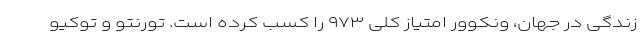
زندگی در جهان، ونکوور امتیاز کلی ۹۷۳ را کسب کرده است. تورنتو و توکیو